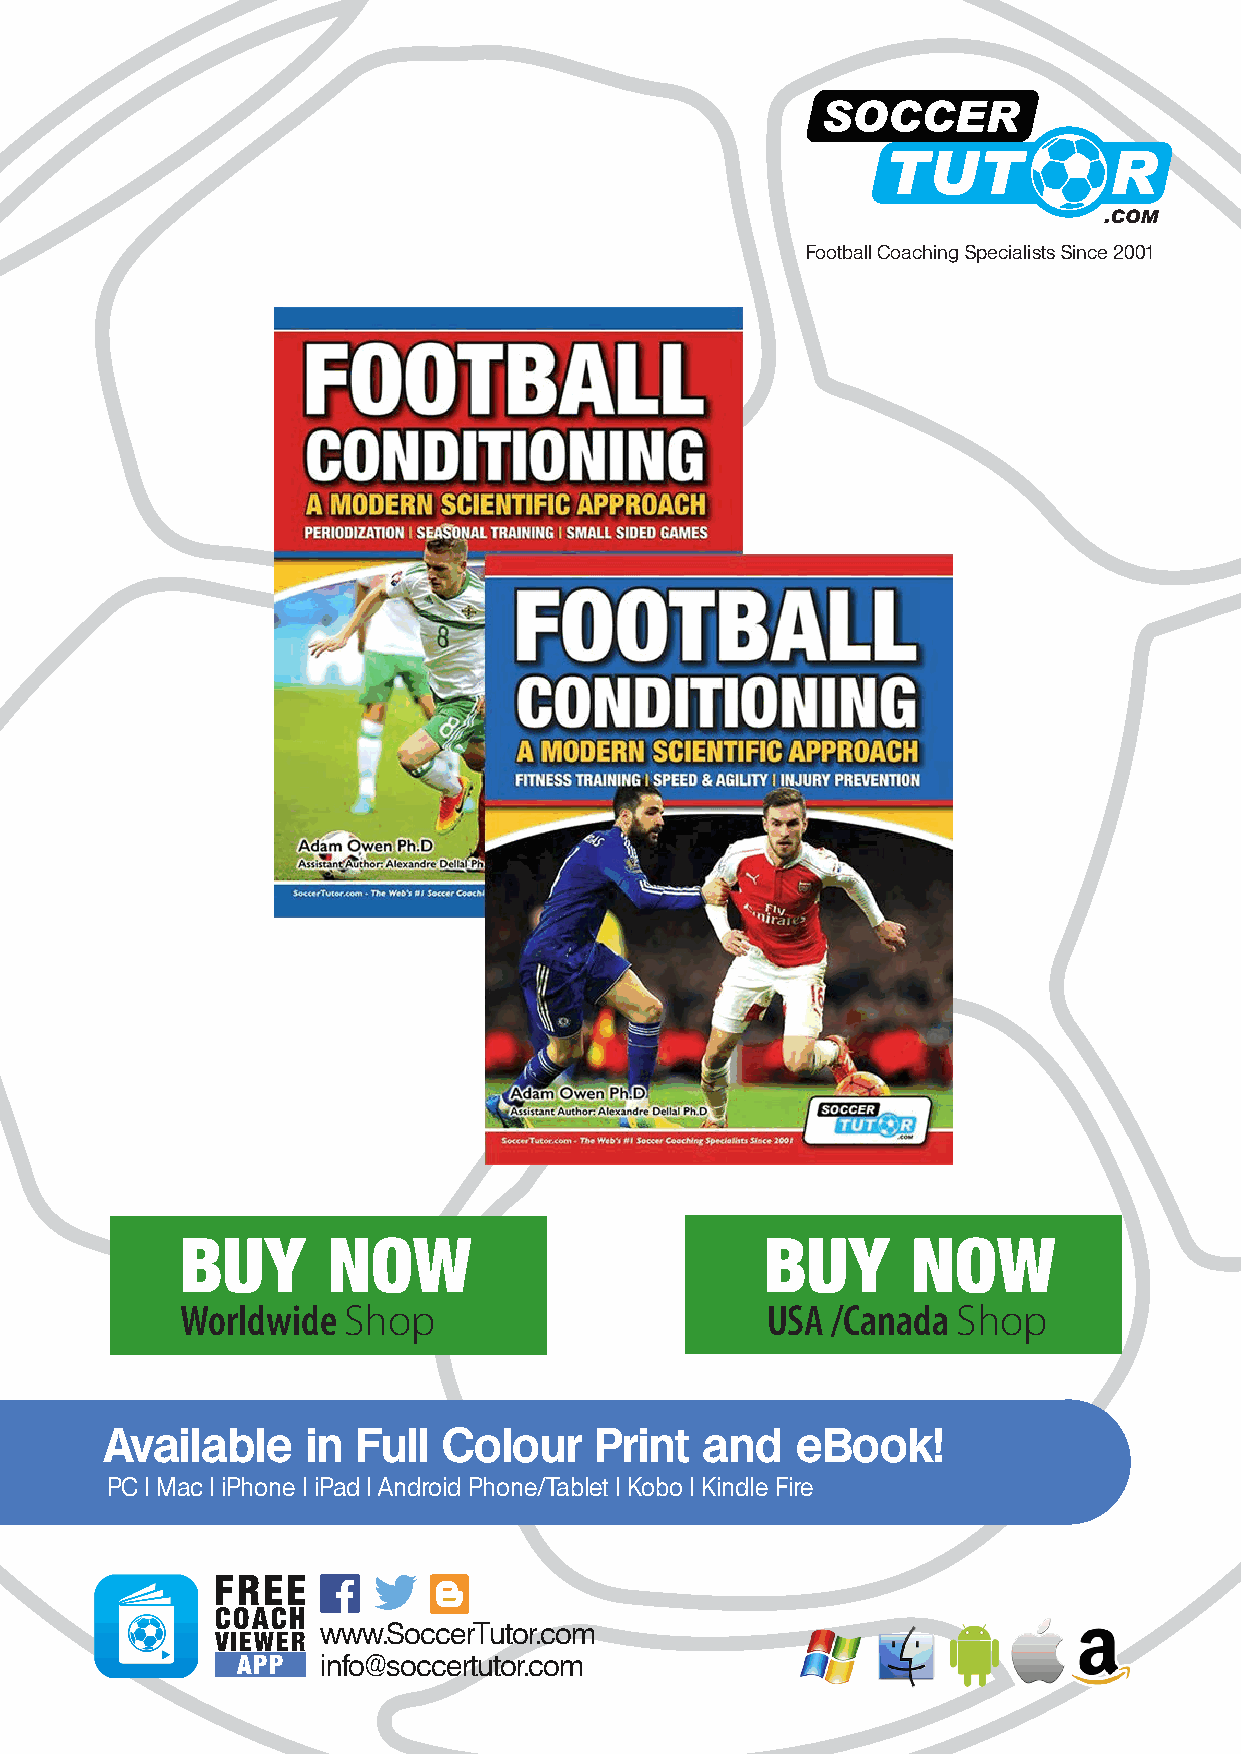
Football Coaching Specialists Since 2001
 BUY       NOW                          BUY      NOW
 Worldwide  Shop                        USA /Canada Shop
 Available    in  Full Colour    Print   and   eBook!
 PC | Mac | iPhone | iPad | Android Phone/Tablet | Kobo | Kindle Fire
 FREE
 COACH
 www.SoccerTutor.com
 VIEWER
 APP  info@soccertutor.com